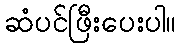
ဆံပင်ဖြီးပေးပါ။